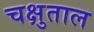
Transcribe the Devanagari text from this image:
चक्षुताल